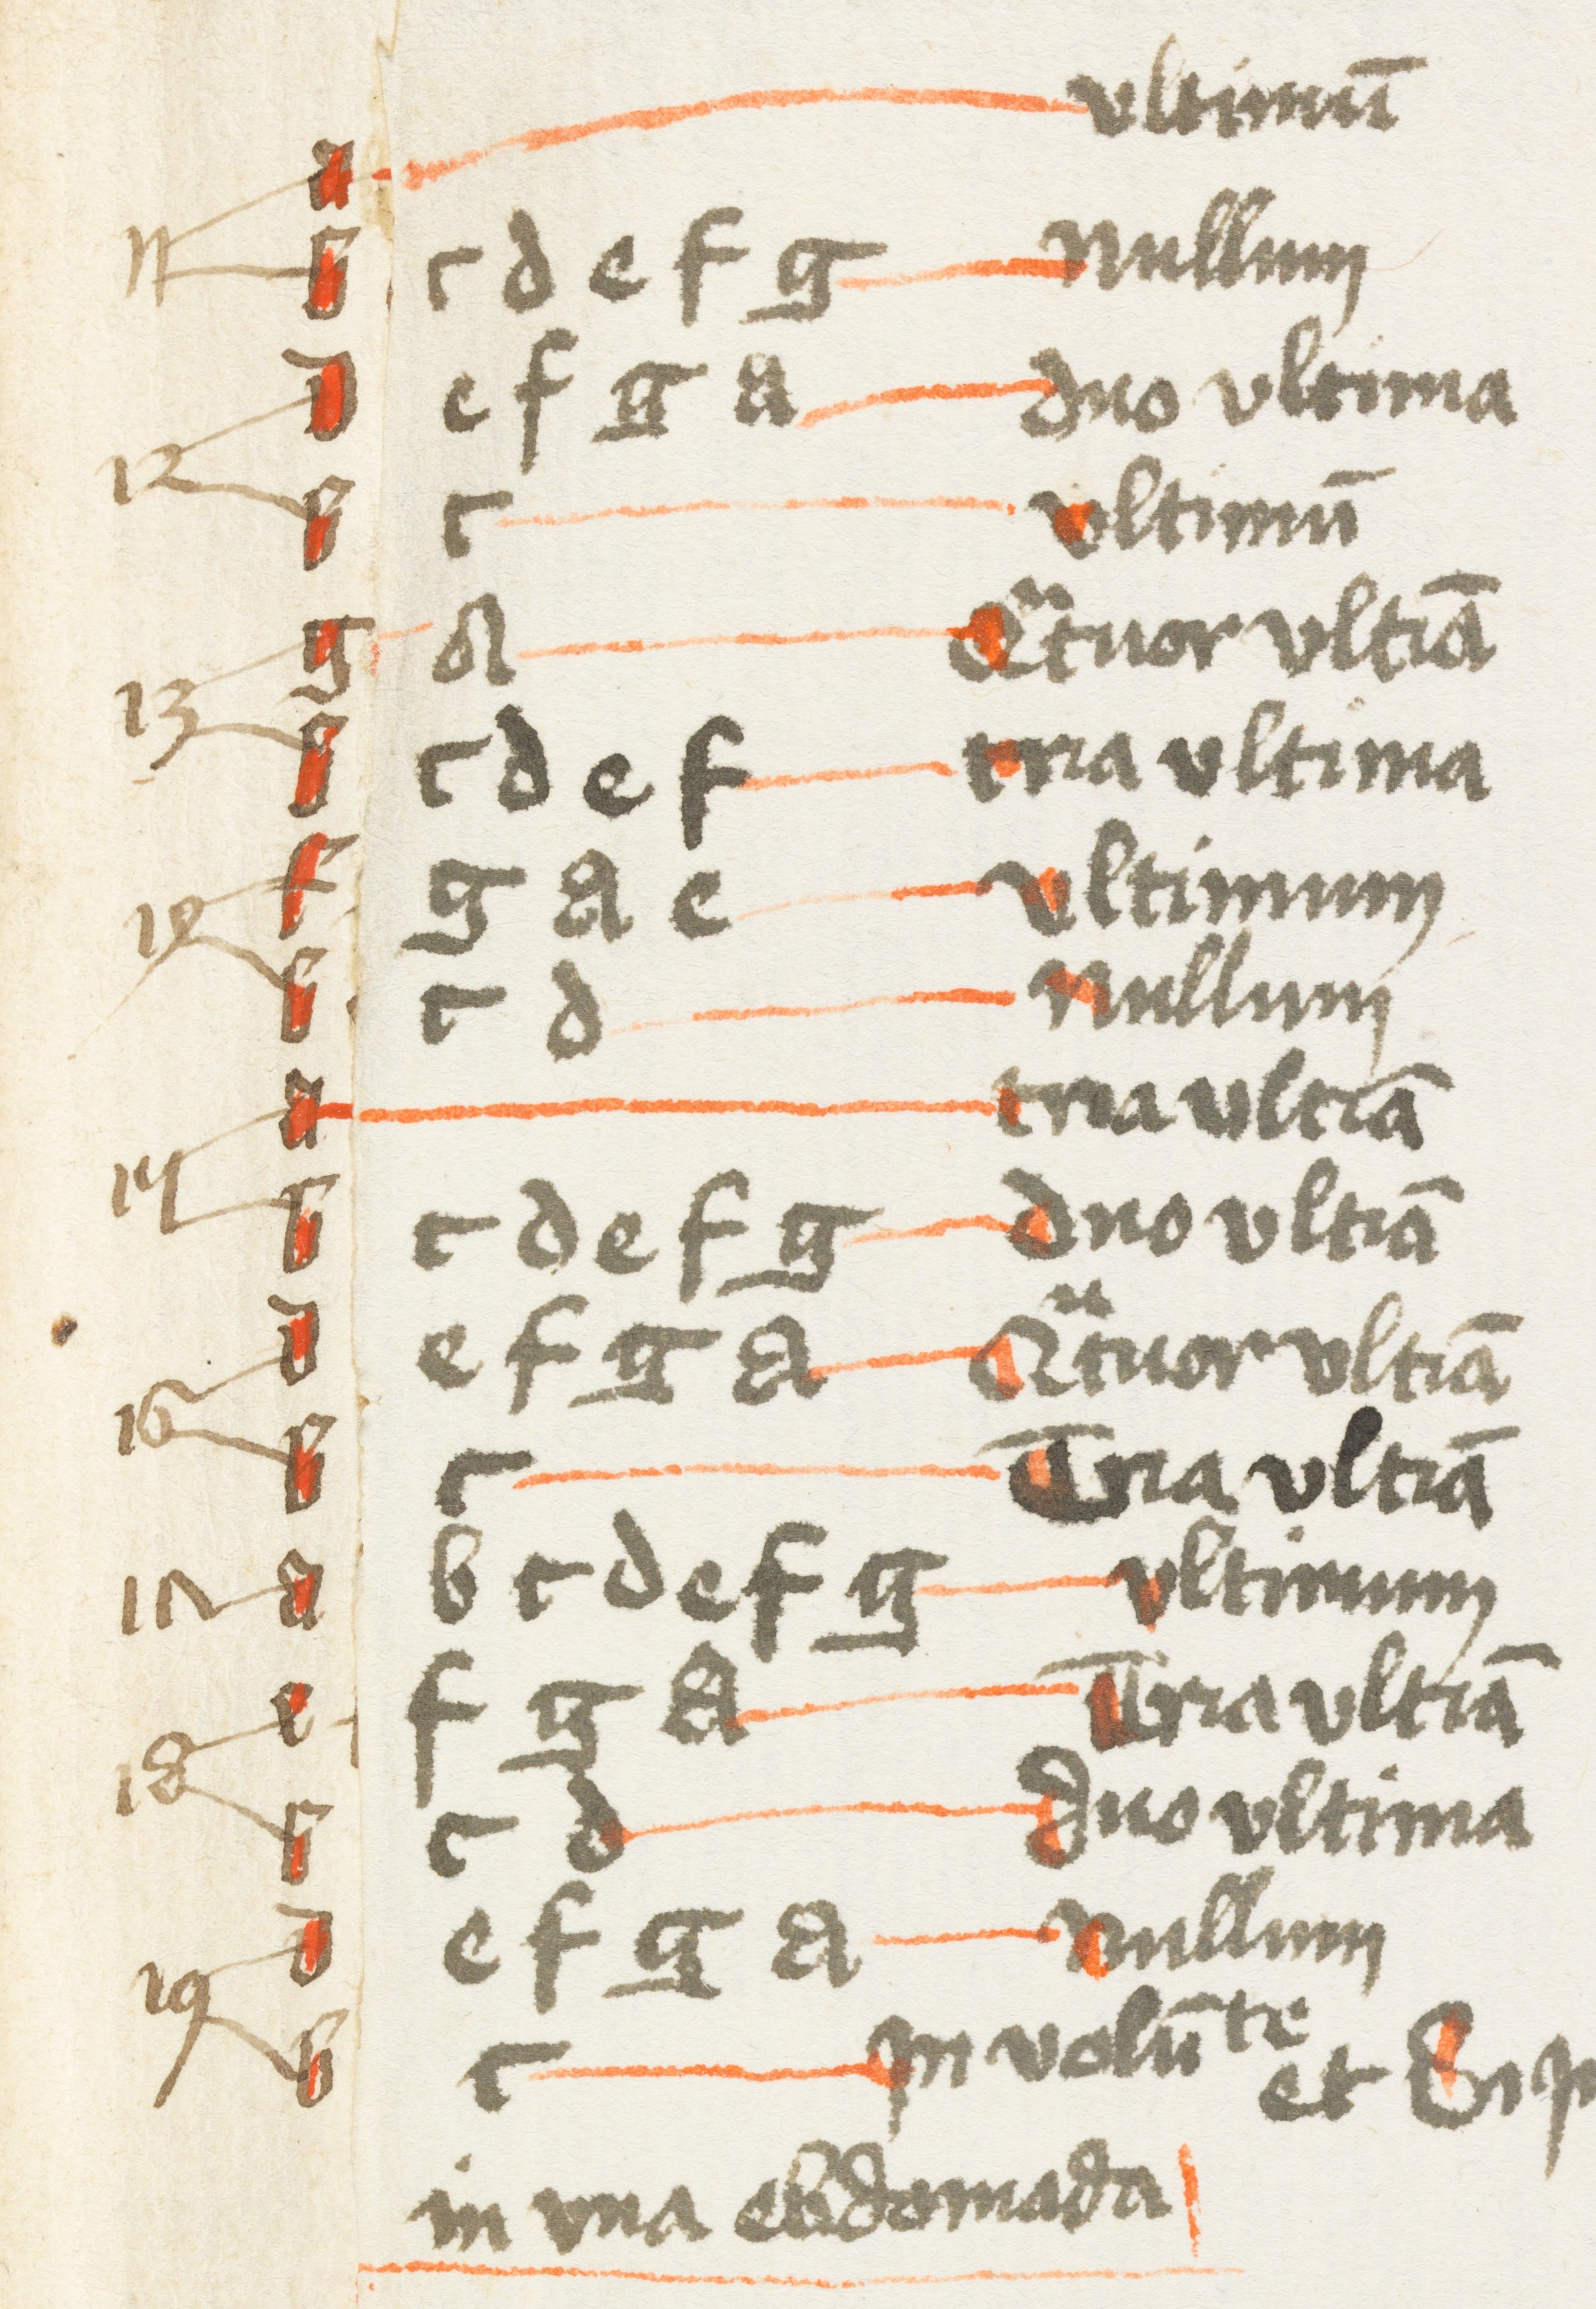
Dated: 1400–1499